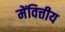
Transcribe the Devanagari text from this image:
मेंवित्तीय